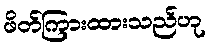
ဖိတ်ကြားထားသည်ဟု